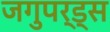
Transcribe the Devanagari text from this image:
जगुपर्ड्स